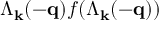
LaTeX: \Lambda _ { { \bf { k } } } ( - { \bf { q } } ) f ( \Lambda _ { { \bf { k } } } ( - { \bf { q } } ) )